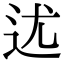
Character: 𨑫